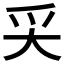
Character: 𡗮